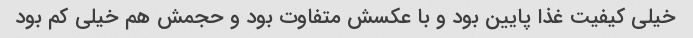
خیلی کیفیت غذا پایین بود و با عکسش متفاوت بود و حجمش هم خیلی کم بود